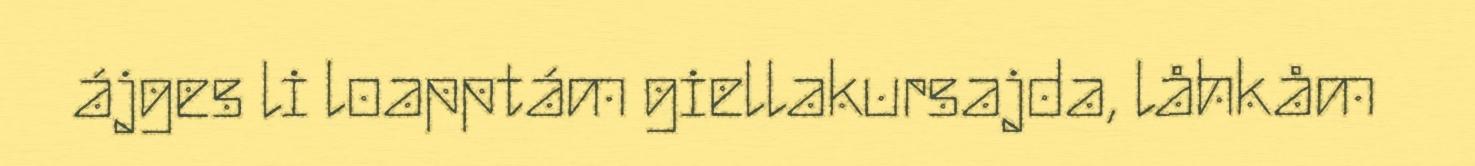
ájges li loapptám giellakursajda, låhkåm